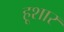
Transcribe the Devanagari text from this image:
हूशार